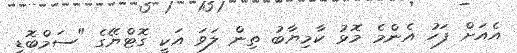
އެއަށް ފަހު އެންމެ މޮޅު ކާމިޔާބު ތިން ލަވަ އަކީ ގޮޓްޔޭގެ "ސަމްބޮޑީ